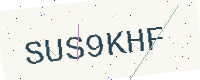
Text: SUS9KHF